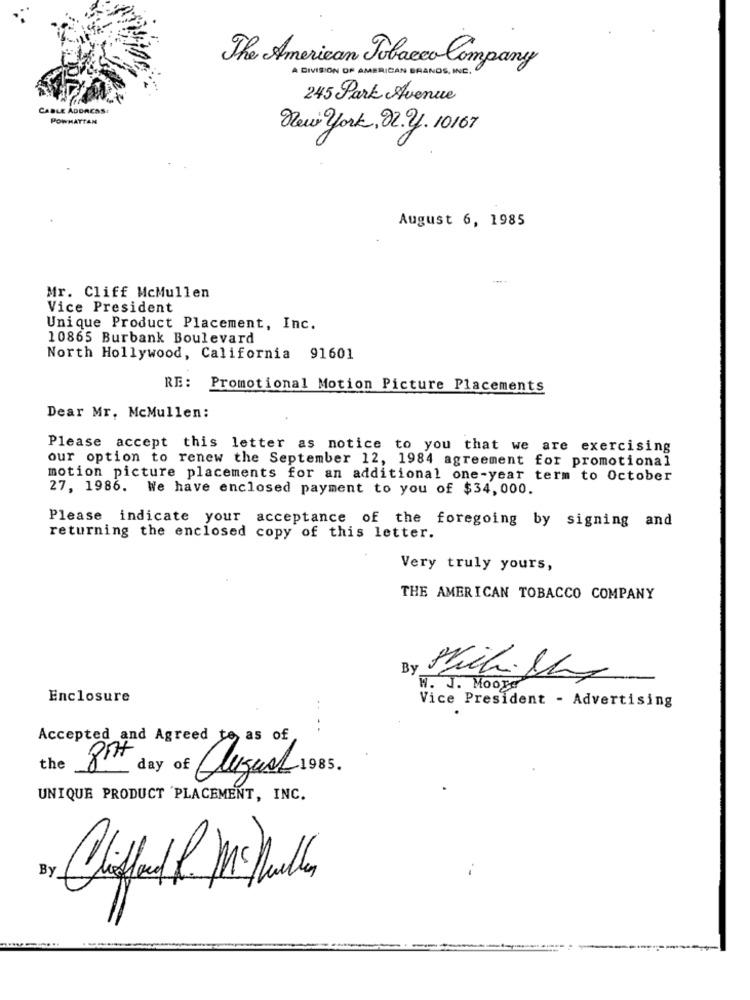
The American Tobacco Company
A DIVISION OF AMERICAN BRANDS, INC.
245 Park Avenue
CABLE ADDRESS
POWHATTAN
New York, 02.2. 10167
August 6, 1985
Mr. Cliff McMullen
Vice President
Unique Product Placement, Inc.
10865 Burbank Boulevard
North Hollywood, California 91601
RE: Promotional Motion Picture Placements
Dear Mr. McMullen:
Please accept this letter as notice to you that we are exercising
our option to renew the September 12, 1984 agreement for promotional
motion picture placements for an additional one-year term to October
27, 1986. We have enclosed payment to you of $34,000.
Please indicate your acceptance of the foregoing by signing and
returning the enclosed copy of this letter.
Very truly yours,
THE AMERICAN TOBACCO COMPANY
By
Mich. Ch
W. J. Moore
Enclosure
Vice President - Advertising
....
Accepted and Agreed to as of
the
8th day
UNIQUE PRODUCT PLACEMENT, INC.
By
Clifford P Mr Della